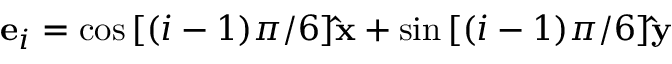
{ \bf e } _ { i } = \cos { [ ( i - 1 ) \pi / 6 ] } \mathbf { \hat { x } } + \sin { [ ( i - 1 ) \pi / 6 ] } \mathbf { \hat { y } }